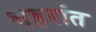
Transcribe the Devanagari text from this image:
थहरांत